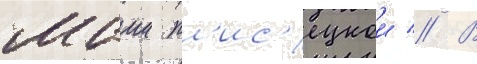
маии пл'ис'ецкои // В